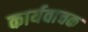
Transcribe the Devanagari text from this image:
कार्यवाचक